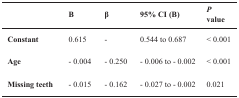
<table><thead><tr><td></td><td><b>B</b></td><td><b>β</b></td><td><b>95% CI (B)</b></td><td><b>P value</b></td></tr></thead><tbody><tr><td><b>Constant</b></td><td>0.615</td><td>-</td><td>0.544 to 0.687</td><td>&lt; 0.001</td></tr><tr><td><b>Age</b></td><td>-0.004</td><td>-0.250</td><td>- 0.006 to - 0.002</td><td>&lt; 0.001</td></tr><tr><td><b>Missing teeth</b></td><td>-0.015</td><td>-0.162</td><td>- 0.027 to - 0.002</td><td>0.021</td></tr></tbody></table>